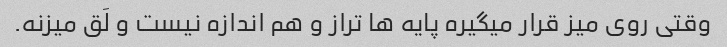
وقتی روی میز قرار میگیره پایه ها تراز و هم اندازه نیست و لَق میزنه.